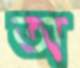
অ